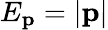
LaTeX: E_{\mathbf{p}}=|\mathbf{p}|